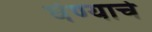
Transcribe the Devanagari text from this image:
घेण्‍याचे